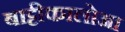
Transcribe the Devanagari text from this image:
बाट्टीकालोआ